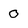
Character: 0